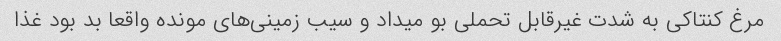
مرغ کنتاکی به شدت غیرقابل تحملی بو میداد و سیب زمینی‌های مونده واقعا بد بود غذا